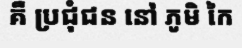
គឺ ប្រជុំជន នៅ ភូមិ កៃ